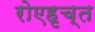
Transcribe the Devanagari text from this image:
रोएहृच्त